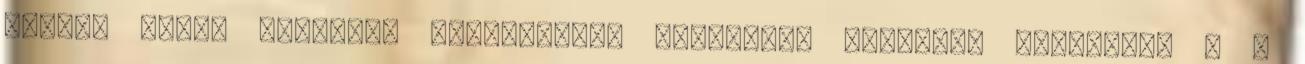
vezető mellé személyi asszisztens executive personal assistant . A